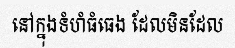
នៅក្នុងទំហំធំធេង ដែលមិនដែល